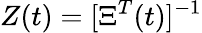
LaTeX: Z(t)=[\Xi^{T}(t)]^{-1}